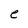
Character: e